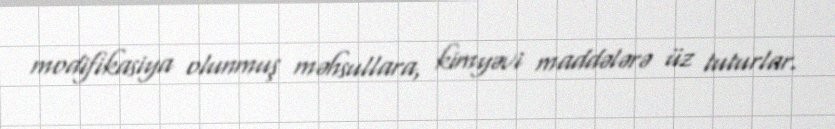
modifikasiya olunmuş məhsullara, kimyəvi maddələrə üz tuturlar.